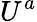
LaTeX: U^{a}